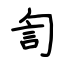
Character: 訇